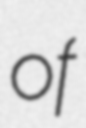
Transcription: of